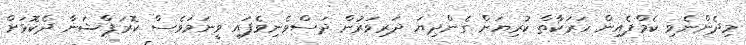
މިދެންނެވި ކެމްޕެއިން ހަރަކާތް ކުރިޔަށް ގެންދިޔަ ދަރިވަރުން ދަސްވެނިވެފައި ވީނަމަވެސް ކޮރަޕްޝަނާ ދެކޮޅަށް